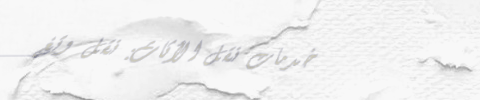
خدمات نقل الأثاث: نقل وتغ